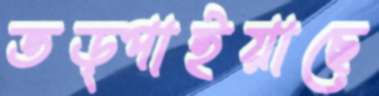
তড়্‌পাইয়াছে